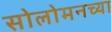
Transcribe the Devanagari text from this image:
सोलोमनच्या